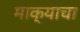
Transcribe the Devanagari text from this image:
माक्याचा